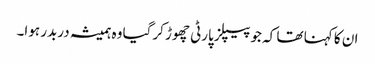
ان کا کہنا تھا کہ جو پیپلز پارٹی چھوڑ کرگیا وہ ہمیشہ دربدر ہوا۔